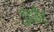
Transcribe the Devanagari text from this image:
गुइडैंट